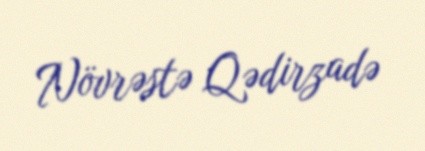
Növrəstə Qədirzadə